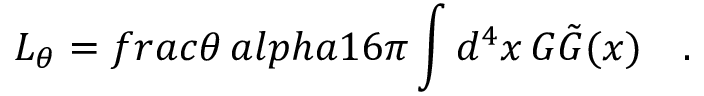
{ \cal L } _ { \theta } = f r a c { \theta \, a l p h a } { 1 6 \pi } \int d ^ { 4 } x \, G \tilde { G } ( x ) \quad .